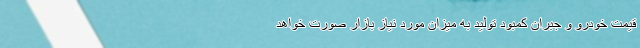
قیمت خودرو و جبران کمبود تولید به میزان مورد نیاز بازار صورت خواهد